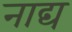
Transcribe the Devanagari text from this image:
नाद्य